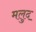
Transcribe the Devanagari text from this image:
मलुद